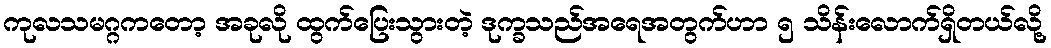
ကုလသမဂ္ဂကတော့ အခုလို ထွက်ပြေးသွားတဲ့ ဒုက္ခသည်အရေအတွက်ဟာ ၅ သိန်းလောက်ရှိတယ်လို့